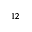
^ { 1 2 }